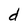
Character: d